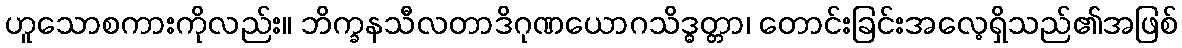
ဟူသောစကားကိုလည်း။ ဘိက္ခနသီလတာဒိဂုဏယောဂသိဒ္ဓတ္တာ၊ တောင်းခြင်းအလေ့ရှိသည်၏အဖြစ်